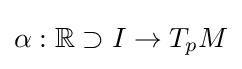
\alpha :\mathbb {R} \supset I\rightarrow T_{p}M